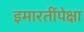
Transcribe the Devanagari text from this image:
इमारतींपेक्षा